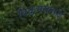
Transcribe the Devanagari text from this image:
विक्रमसतसई